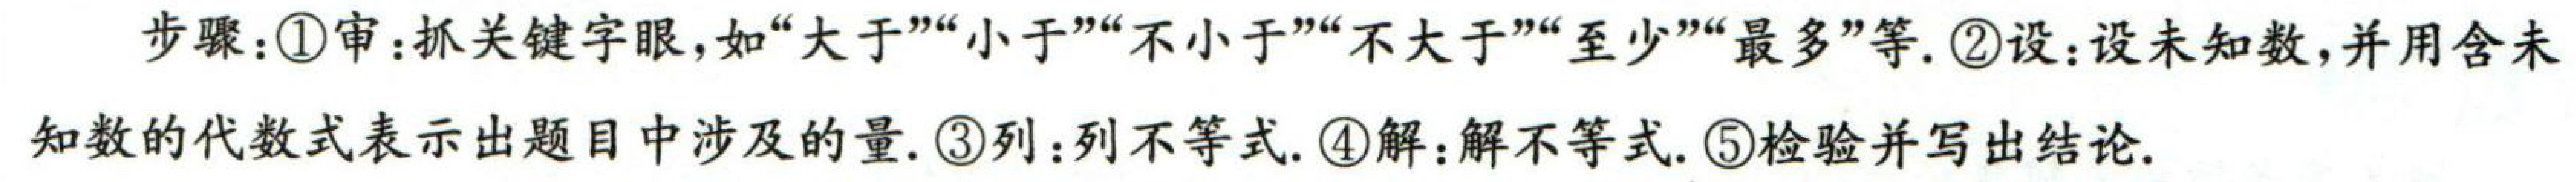
步骤：\textcircled{1}审：抓关键字眼，如“大于”“小于”“不小于”“不大于”“至少”“最多”等. \textcircled{2}设：设未知数，并用含未知数的代数式表示出题目中涉及的量. \textcircled{3}列：列不等式. \textcircled{4}解：解不等式. \textcircled{5}检验并写出结论.